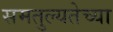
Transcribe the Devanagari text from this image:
समतुल्यतेच्या